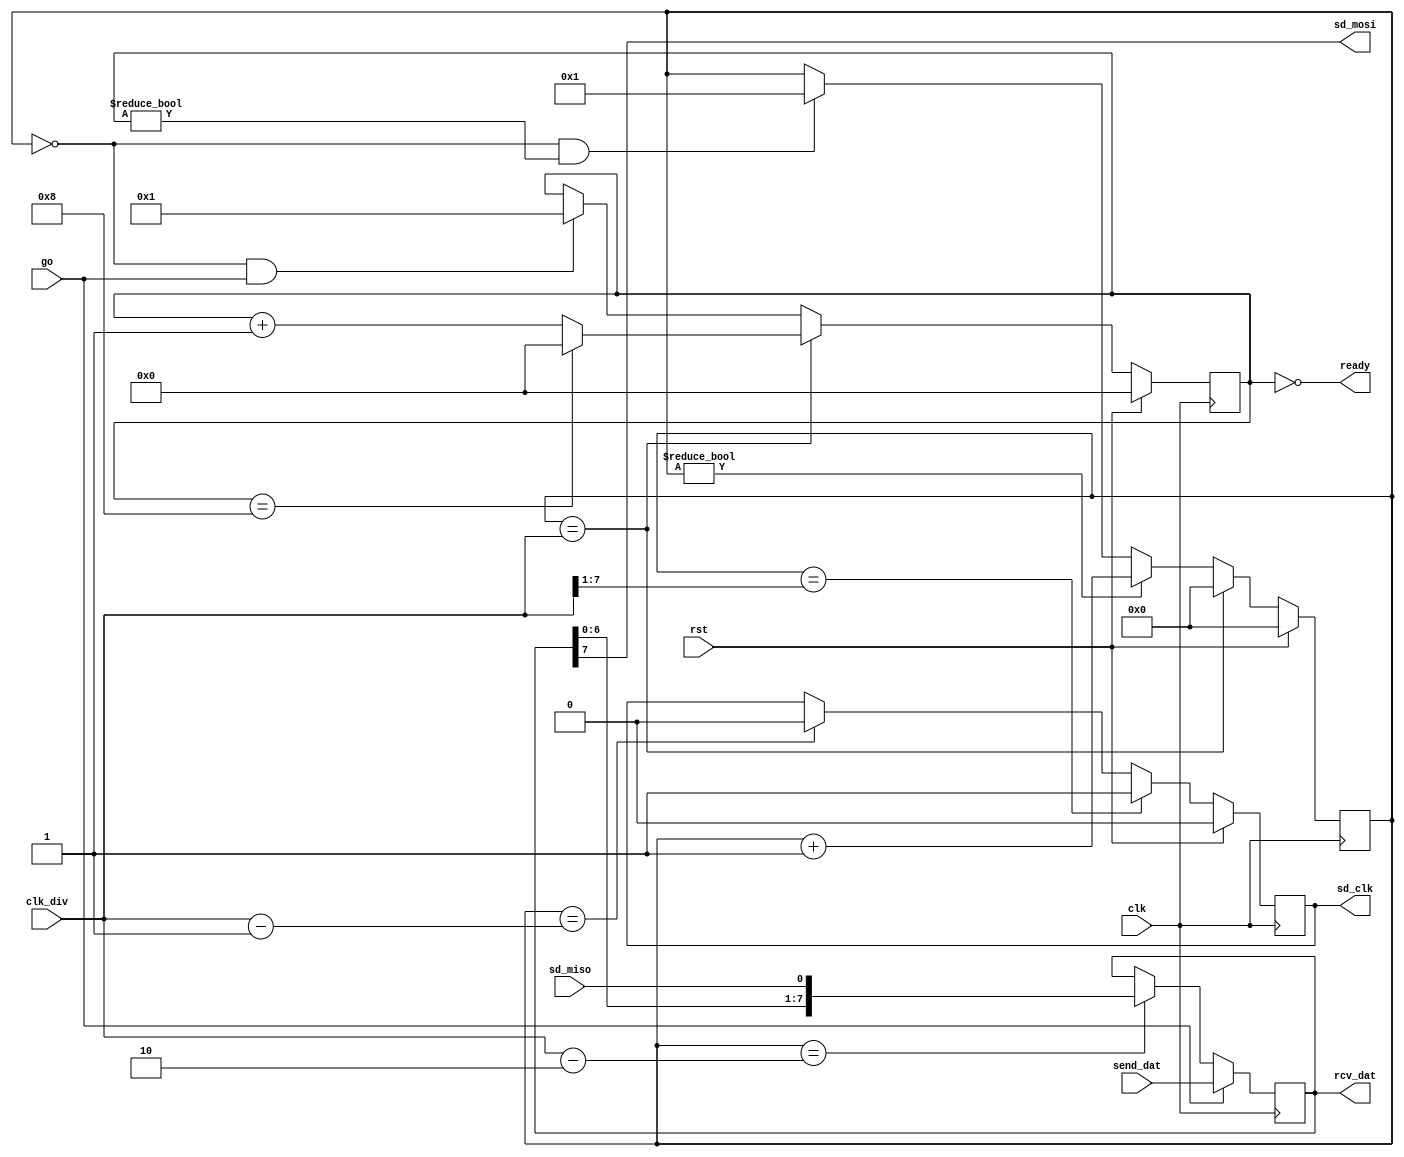
//
// Copyright 2011 Ettus Research LLC
//
// This program is free software: you can redistribute it and/or modify
// it under the terms of the GNU General Public License as published by
// the Free Software Foundation, either version 3 of the License, or
// (at your option) any later version.
//
// This program is distributed in the hope that it will be useful,
// but WITHOUT ANY WARRANTY; without even the implied warranty of
// MERCHANTABILITY or FITNESS FOR A PARTICULAR PURPOSE.  See the
// GNU General Public License for more details.
//
// You should have received a copy of the GNU General Public License
// along with this program.  If not, see <http://www.gnu.org/licenses/>.
//

module sd_spi
  (input clk,
   input rst,
   
   // SD Card interface
   output reg sd_clk,
   output sd_mosi,
   input sd_miso,
   
   // Controls
   input [7:0] clk_div,
   input [7:0] send_dat,
   output [7:0] rcv_dat,
   input go,
   output ready);

   reg [7:0] clk_ctr;   
   reg [3:0] bit_ctr;

   wire      bit_ready = (clk_ctr == 8'd0);
   wire      bit_busy = (clk_ctr != 8'd0);
   wire      bit_done = (clk_ctr == clk_div);

   wire      send_clk_hi = (clk_ctr == (clk_div>>1));
   wire      latch_dat = (clk_ctr == (clk_div - 8'd2));     
   wire      send_clk_lo = (clk_ctr == (clk_div - 8'd1));

   wire      send_bit = (bit_ready && (bit_ctr != 0));
   assign    ready = (bit_ctr == 0);
   
   always @(posedge clk)
     if(rst)
       clk_ctr <= 0;
     else if(bit_done)
       clk_ctr <= 0;
     else if(bit_busy)
       clk_ctr <= clk_ctr + 1;
     else if(send_bit)
       clk_ctr <= 1;

   always @(posedge clk)
     if(rst)
       sd_clk <= 0;
     else if(send_clk_hi)
       sd_clk <= 1;
     else if(send_clk_lo)
       sd_clk <= 0;
   
   always @(posedge clk)
     if(rst)
       bit_ctr <= 0;
     else if(bit_done)
       if(bit_ctr == 4'd8)
	 bit_ctr <= 0;
       else
	 bit_ctr <= bit_ctr + 1;
     else if(bit_ready & go)
       bit_ctr <= 1;
   
   reg [7:0] shift_reg;
   always @(posedge clk)
     if(go)
       shift_reg <= send_dat;
     else if(latch_dat)
       shift_reg <= {shift_reg[6:0],sd_miso};

   assign    sd_mosi = shift_reg[7];
   assign    rcv_dat = shift_reg;
   
endmodule // sd_spi